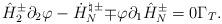
LaTeX: \begin{align*}\hat{H}^{\pm}_2\partial_2\varphi-\dot{H}^{\natural\,\pm}_{N}{\mp}\varphi\partial_1\hat{H}^{\pm}_{N}=0 \Gamma_T.\end{align*}